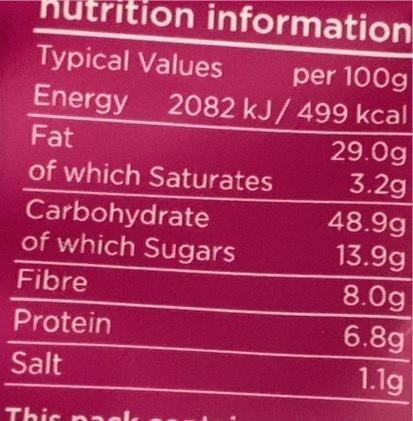
on information
Typical Values
per 100g 2082 kJ/ 499 kcal
Energy
Fat
29.0g 3.2g
of which Saturates
Carbohydrate of which Sugars
48.9g 13.9g
Fibre
8.0g
Protein
6.8g
Salt
1.1g
This